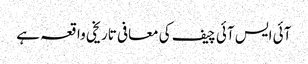
آئی ایس آئی چیف کی معافی تاریخی واقعہ ہے